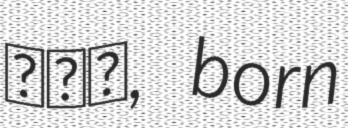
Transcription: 陈子凡, born